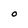
Character: O